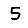
Digit: 5